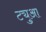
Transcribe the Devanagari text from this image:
ट्युआ